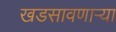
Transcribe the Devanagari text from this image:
खडसावणार्‍या